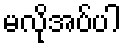
မလိုအပ်ပါ